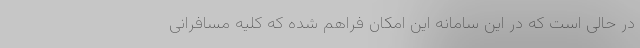
در حالی است که در این سامانه این امکان فراهم شده که کلیه مسافرانی